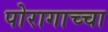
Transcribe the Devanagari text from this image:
पोरागाच्चा